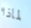
لماذا